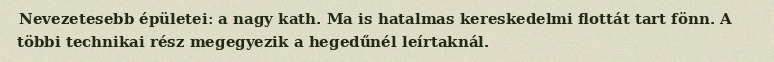
Nevezetesebb épületei: a nagy kath. Ma is hatalmas kereskedelmi flottát tart fönn. A többi technikai rész megegyezik a hegedűnél leírtaknál.